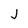
Character: J